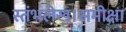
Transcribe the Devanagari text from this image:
स्तंभलेख।समीक्षा